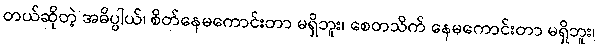
တယ်ဆိုတဲ့ အဓိပ္ပါယ်၊ စိတ်နေမကောင်းတာ မရှိဘူး၊ စေတသိက် နေမကောင်းတာ မရှိဘူး၊